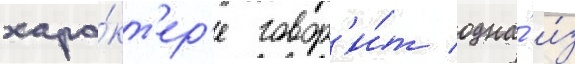
хара́кт'ер'е говор'и́т одна́ и́з